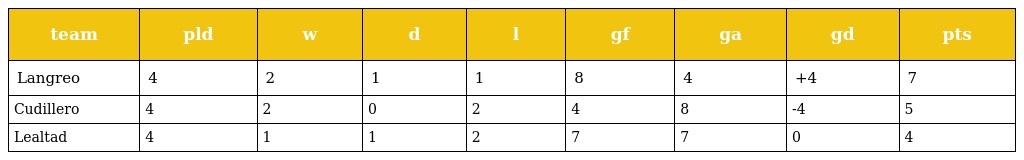
| team | pld | w | d | l | gf | ga | gd | pts |
 | --- | --- | --- | --- | --- | --- | --- | --- | --- |
 | Langreo | 4 | 2 | 1 | 1 | 8 | 4 | +4 | 7 |
 | Cudillero | 4 | 2 | 0 | 2 | 4 | 8 | -4 | 5 |
 | Lealtad | 4 | 1 | 1 | 2 | 7 | 7 | 0 | 4 |